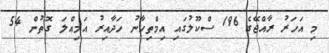
މި އަހަރު ރާއްޖޭގެ 196 ސްކޫލުގައި އިމްތިހާނު ހަދާއިރު އަމިއްލަ ގޮތުން 54